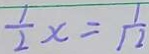
\frac { 1 } { 2 } x = \frac { 1 } { 1 2 }